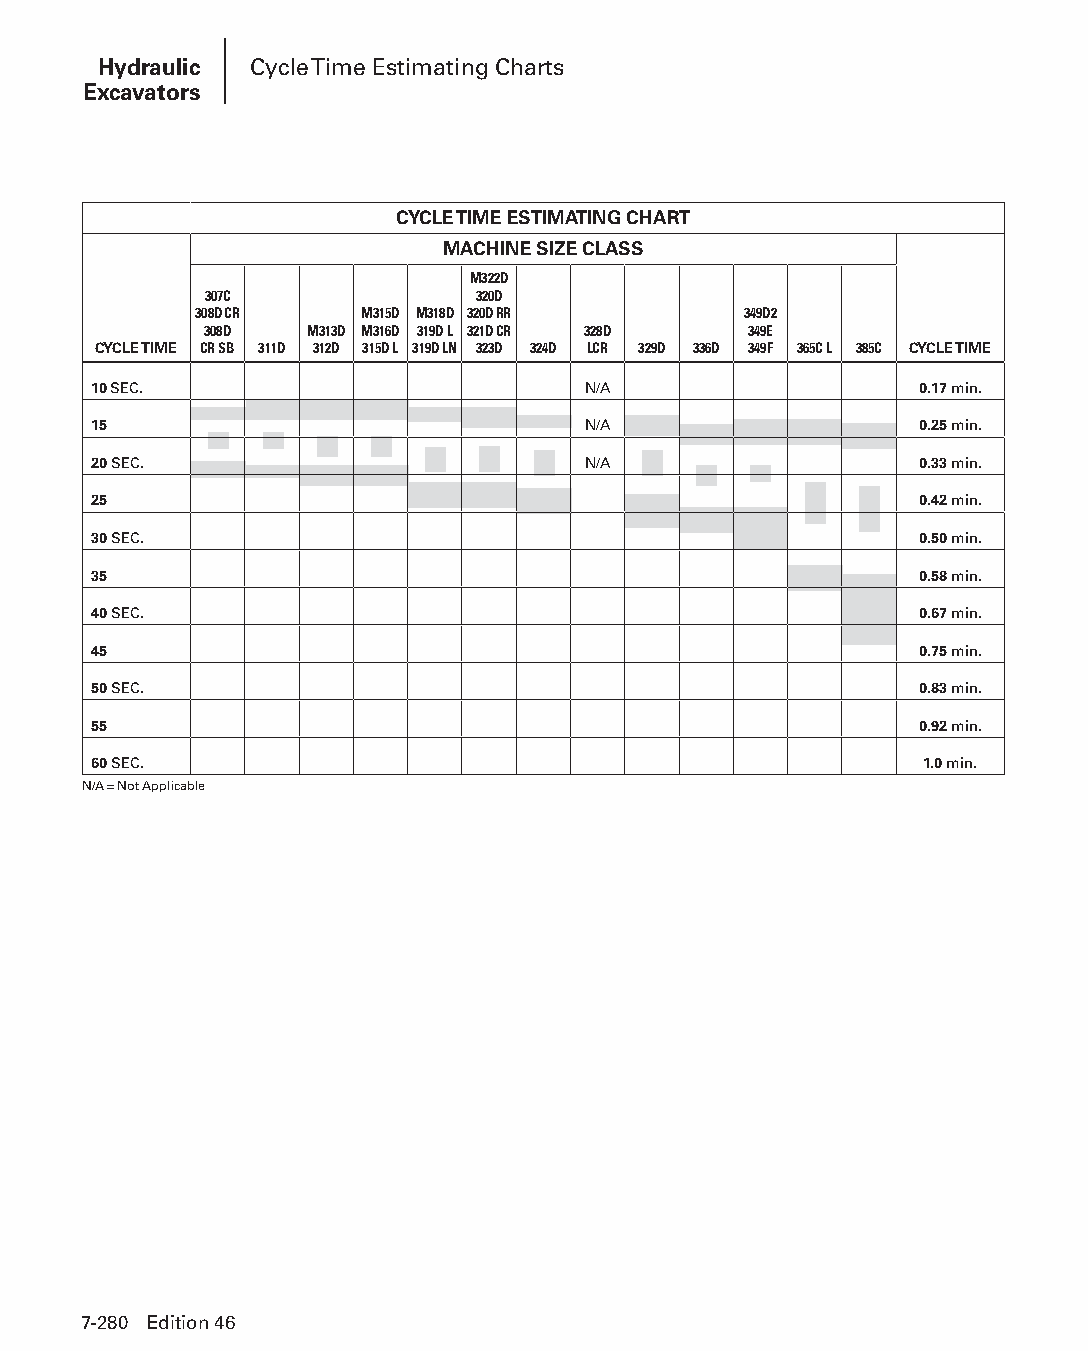
Hydraulic Cycle Time Estimating Charts
 Excavators
 CYCLE TIME ESTIMATING CHART
 MACHINE SIZE CLASS
 M322D
 307C              320D
 308D CR    M315D M318D 320D RR       349D2
 308D   M313D M316D 319D L 321D CR 328D 349E
 CYCLE TIME CR SB 311D 312D 315D L 319D LN 323D 324D LCR 329D 336D 349F 365C L 385C CYCLE TIME
 10 SEC.                          N/A                   0.17 min.
 15 SEC.                          N/A                   0.25 min.
 20 SEC.                          N/A                   0.33 min.
 25 SEC.                                                0.42 min.
 30 SEC.                                                0.50 min.
 35 SEC.                                                0.58 min.
 40 SEC.                                                0.67 min.
 45 SEC.                                                0.75 min.
 50 SEC.                                                0.83 min.
 55 SEC.                                                0.92 min.
 60 SEC.                                                1.0 min.
 N/A = Not Applicable
 7-280 Edition 46
 PPHHBB--SSeecc0077--HHyyddrraauulliiccEExxccaavvaattoorrss((ppgg224433--229944))..iinndddd 228800 1122//44//1155 1100::3388 AAMM